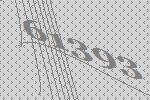
61393